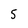
Character: 5